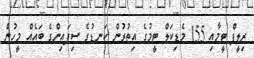
ރިލީފް ޓީމާއި 155 މެޑިކަލް ޓީމުގެ އިތުރުން ކަނޑުގެ ސިފައިންގެ ބައެއް މީހުން